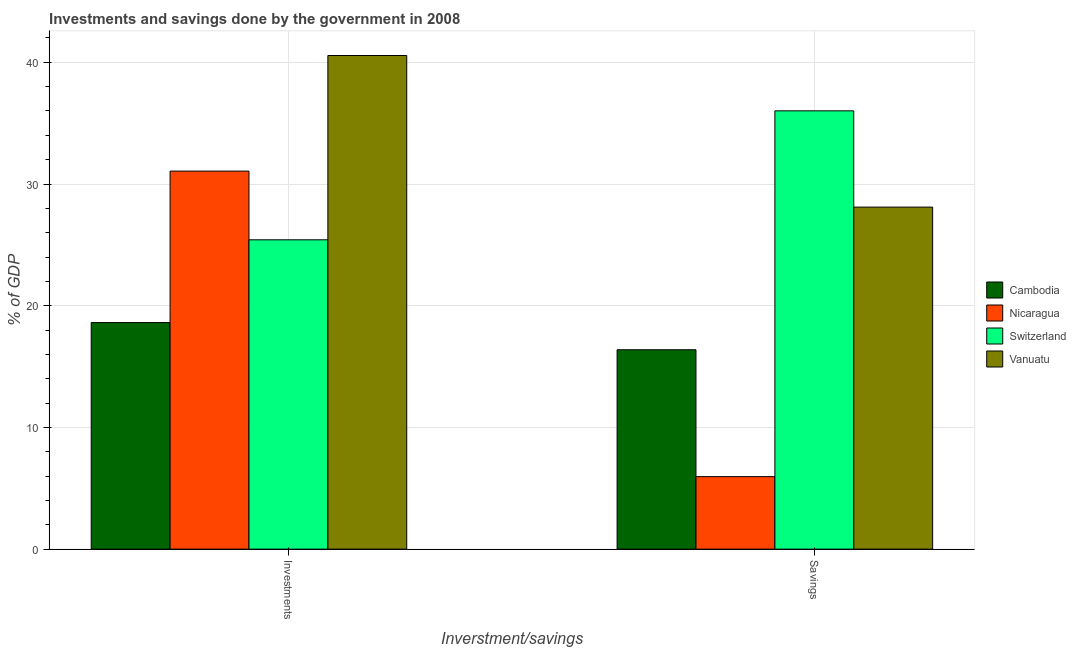
| Inverstment/savings | Cambodia | Nicaragua | Switzerland | Vanuatu |
 | --- | --- | --- | --- | --- |
 | Investments | 18.6 | 31.1 | 25.4 | 40.6 |
 | Savings | 16.4 | 5.96 | 36 | 28.1 |